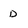
Character: D